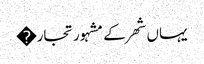
یہاں شھر کے مشہور تجار�